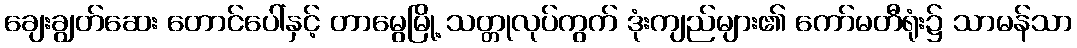
ချေးချွတ်ဆေး တောင်ပေါ်နှင့် တာမွေမြို့ သတ္တုလုပ်ကွက် ဒုံးကျည်များ၏ ကော်မတီရုံး၌ သာမန်သာ